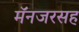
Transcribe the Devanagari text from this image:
मॅनजरसह